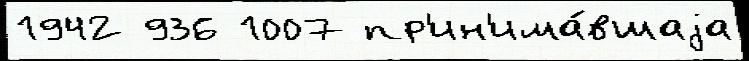
1942 936 1007 пр'ин'има́вшаjа